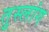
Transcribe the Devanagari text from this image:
तुस्‍लांग